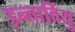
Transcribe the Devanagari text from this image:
इन्तार्वियु